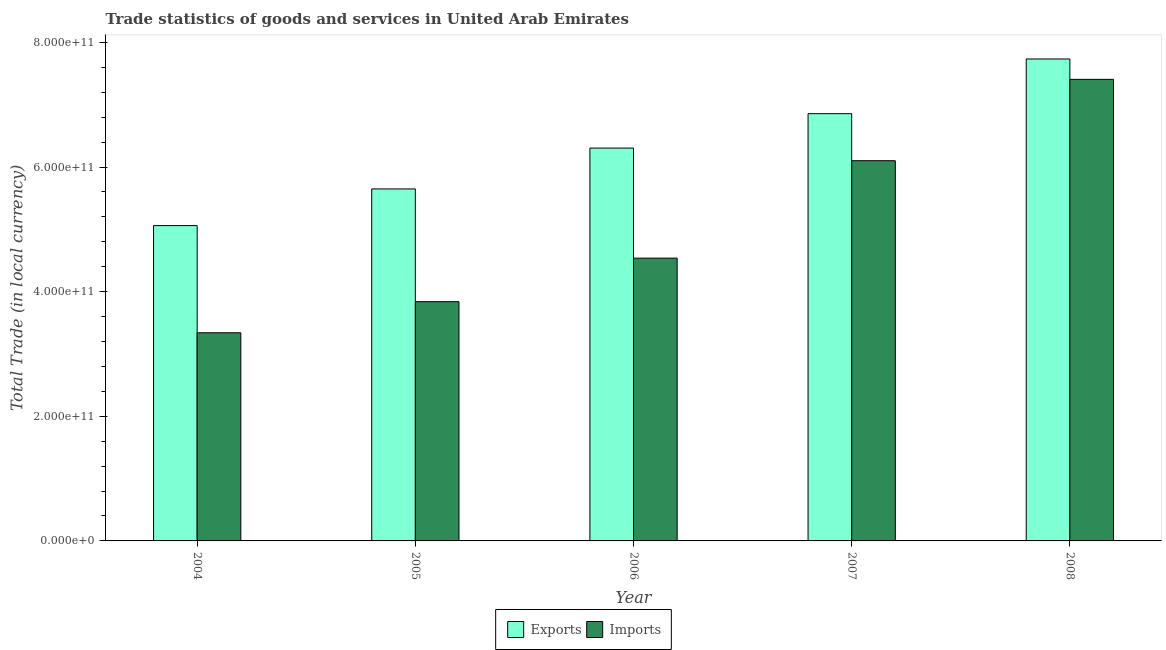
| Year | Exports | Imports |
 | --- | --- | --- |
 | 2004 | 5.06e+11 | 3.34e+11 |
 | 2005 | 5.65e+11 | 3.84e+11 |
 | 2006 | 6.3e+11 | 4.54e+11 |
 | 2007 | 6.86e+11 | 6.1e+11 |
 | 2008 | 7.73e+11 | 7.41e+11 |